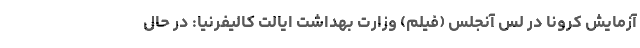
آزمایش کرونا در لس آنجلس (فیلم) وزارت بهداشت ایالت کالیفرنیا: در حال